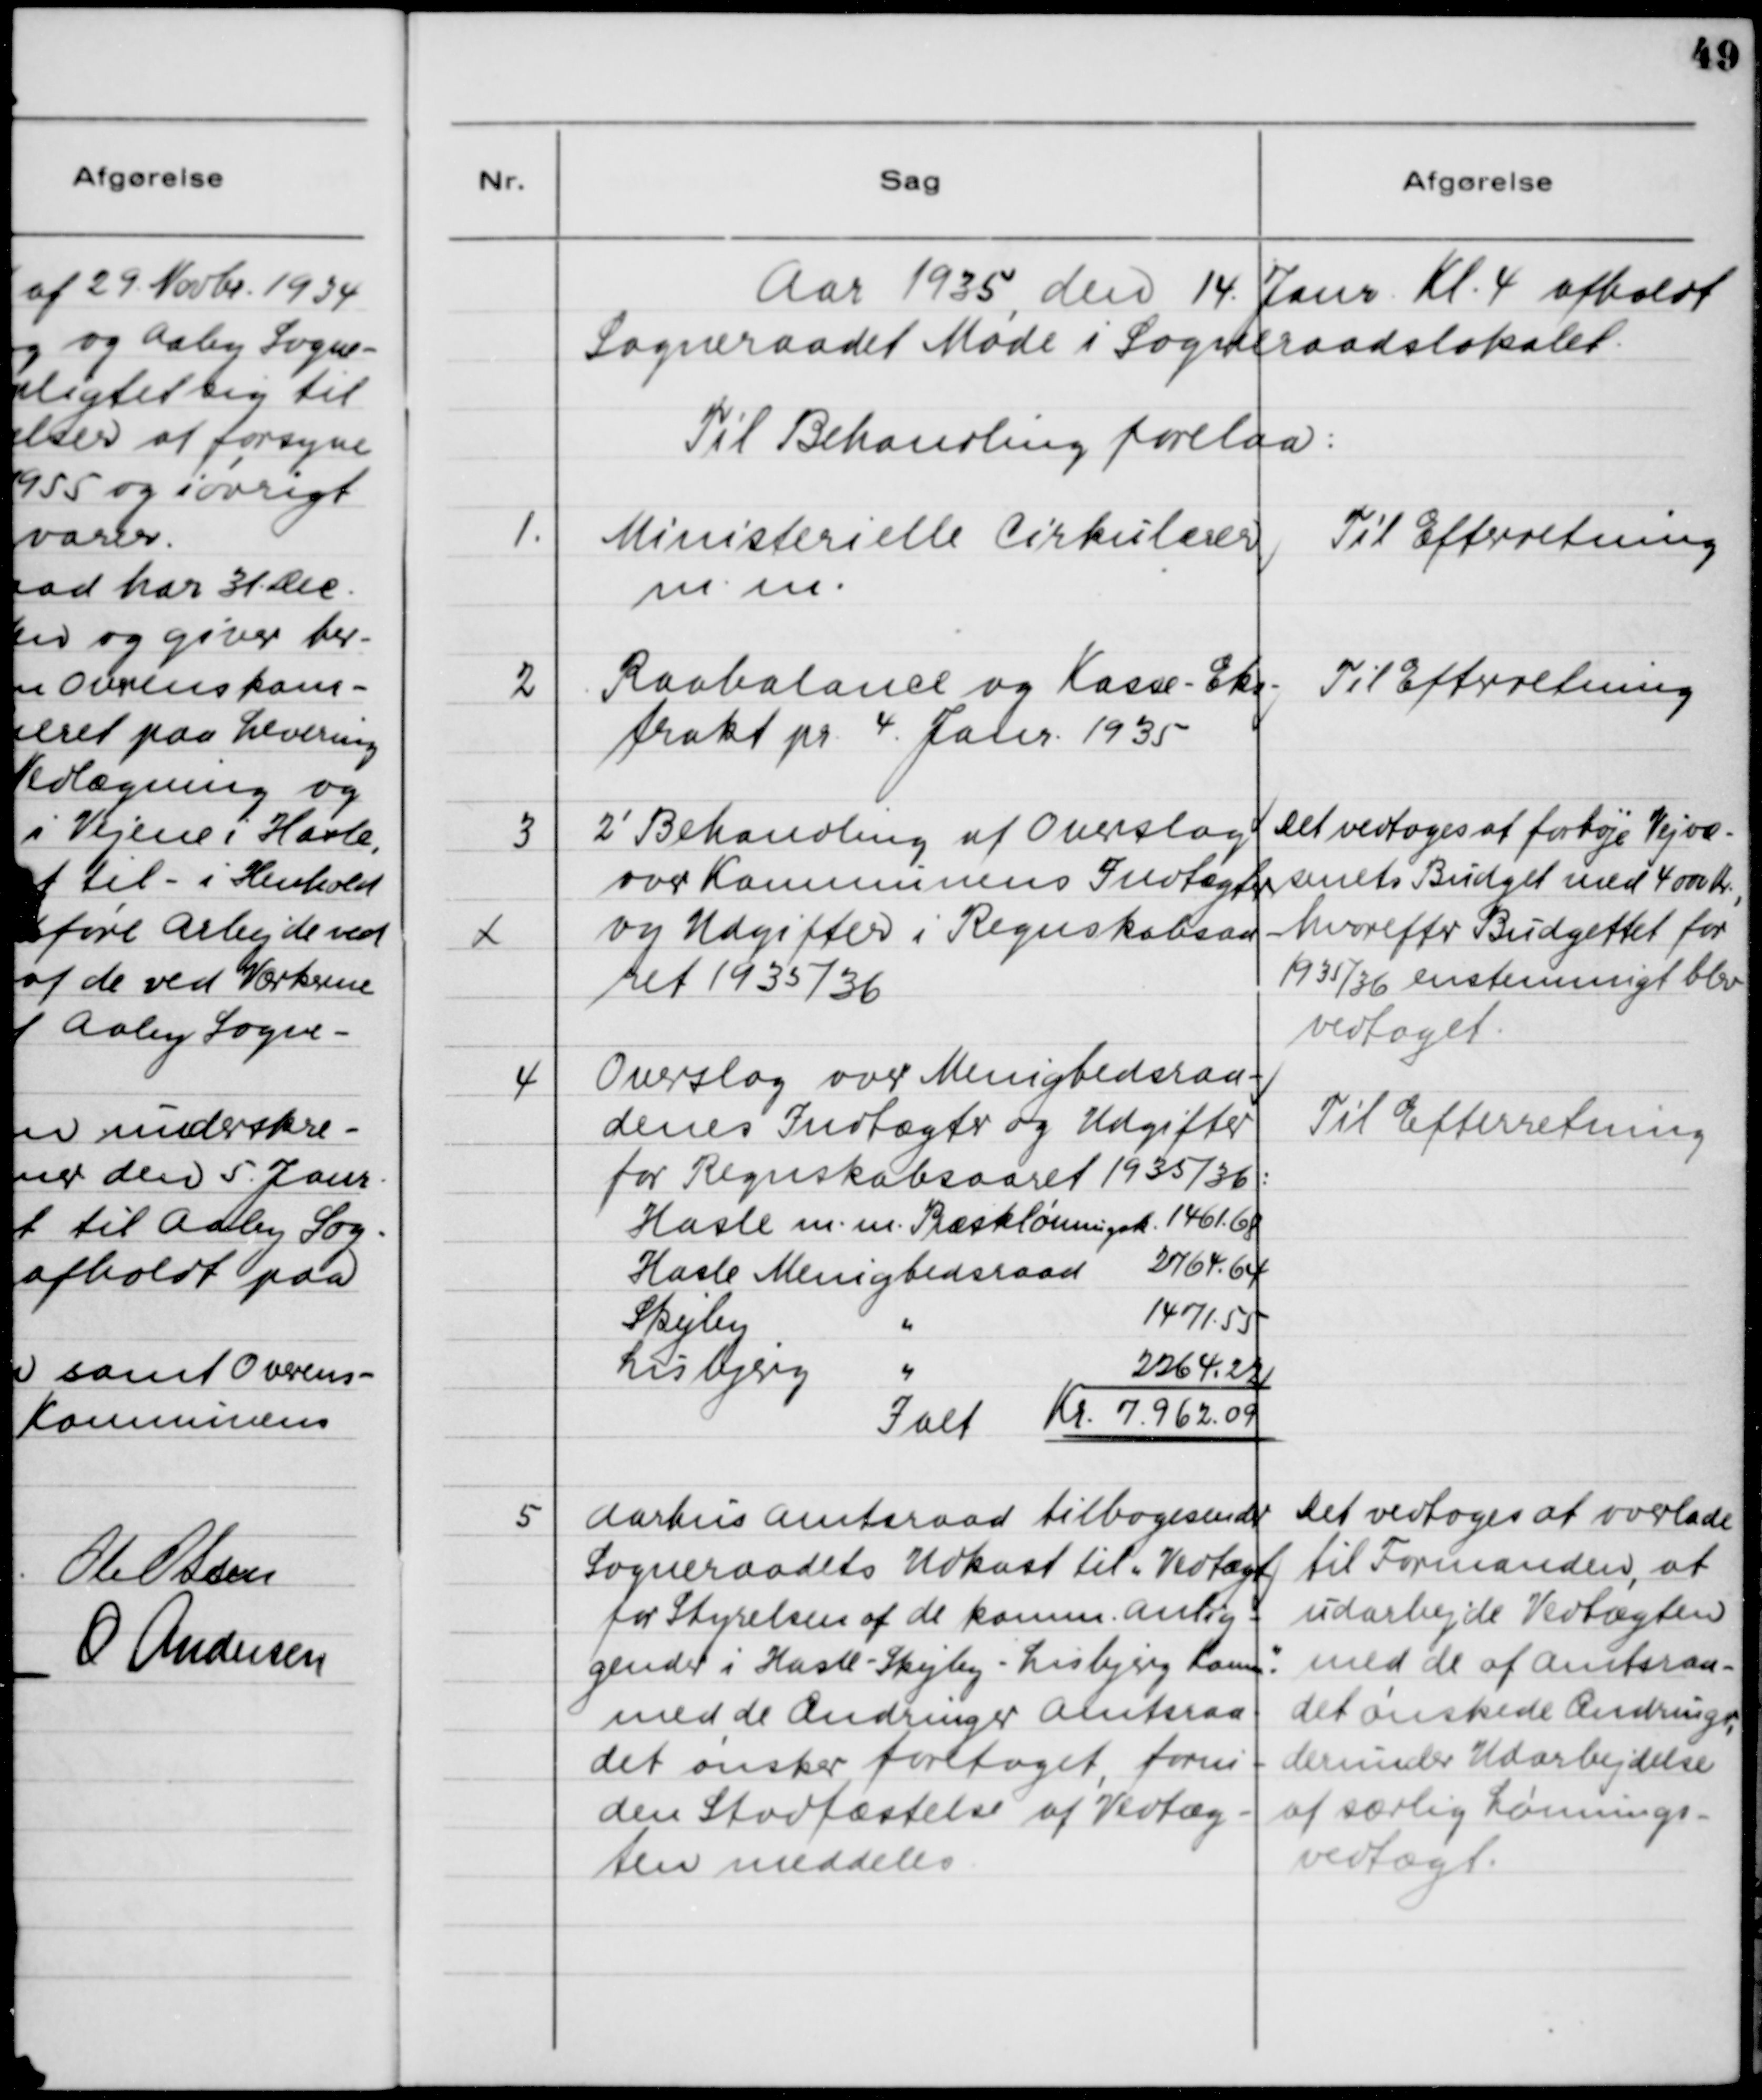
Transskription:
Aar 1935 den 14. Janr. Kl. 4 afholdt
Sogneraadet Møde i Sogneraadslokalet.
Til Behandling forelaa:

1

Ministerielle Cirkulærer
m.m.

Til Efterretning

2

Raabalance og Kasse-Eks-
trakt pr. 4. Janr. 1935

Til Efterretning

3

2' Behandling af Overslag 
over Kommunens Indtægter
og Udgifter i Regnskabsaa-
ret 1935/36

Det vedtoges at forhøje Vejvæ-
senets Budget med 4000 Kr.,
hvorefter Budgettet for
1935/36 ensstemmigt blev
vedtaget.

4

Overslag over Menighedsraa-
denes Indtægter og Udgifter
for Regnskabsaaret 1935/36:

Til Efterretning

5

Aarhus Amtsraad tilbagesender
Sogneraadets Udkast til "Vedtægt
for Styrelsen af de komm. Anlig-
gender i Hasle - Skejby - Lisbjerg Komm."
med de Ændringer Amtsraa-
det ønsker foretaget, forin-
den Stadfæstelse af Vedtæg-
ten meddeles.

Det vedtoges at overlade
til Formanden, at
udarbejde Vedtægten
med de af Amtsraa-
det ønskede Ændringer,
derunder Udarbejdelse
af særlig Lønnings-
vedtægt.